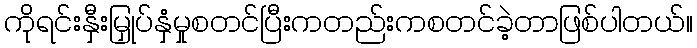
ကိုရင်းနှီးမြှုပ်နှံမှုစတင်ပြီးကတည်းကစတင်ခဲ့တာဖြစ်ပါတယ်။